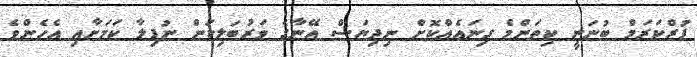
ޕުރްކަރަމް ބުނަނީ ކިތަންމެ ގިނައެއްކޮށް ނިދިޔަސް އޭނާގެ ވަރުބަލިކަން ނުފިލާ ކަމަށާއި އެހެންވެ